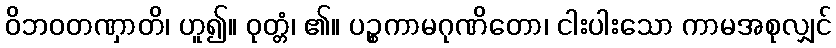
ဝိဘဝတဏှာတိ၊ ဟူ၍။ ဝုတ္တံ၊ ၏။ ပဉ္စကာမဂုဏိတော၊ ငါးပါးသော ကာမအစုလျှင်